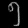
Digit: ၅